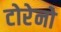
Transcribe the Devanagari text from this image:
टोरेनो